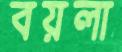
বয়লা